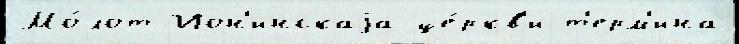
Мо́лот Ион'инскаjа це́ркв'и т'ерм'ина